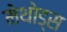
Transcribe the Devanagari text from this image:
मेथोड्स